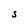
Character: S